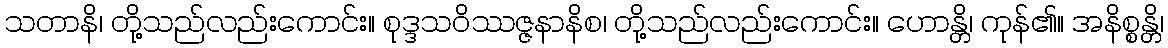
သတာနိ၊ တို့သည်လည်းကောင်း။ စုဒ္ဒသဝိဿဇ္ဇနာနိစ၊ တို့သည်လည်းကောင်း။ ဟောန္တိ၊ ကုန်၏။ အနိစ္စန္တိ၊